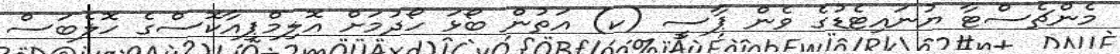
މެންޗެސްޓާ ޔުނައިޓެޑުގެ ވެން ޕާސީ (ކ) އަތުން ބޯޅަ ހޯދުމަށް އޮލިމްޕިއާކޮސްގެ ހޮލެބަސް